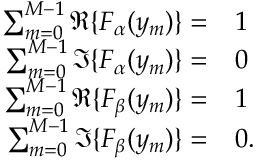
\begin{array} { r l } { \sum _ { m = 0 } ^ { M - 1 } \Re \{ F _ { \alpha } ( y _ { m } ) \} = } & { 1 } \\ { \sum _ { m = 0 } ^ { M - 1 } \Im \{ F _ { \alpha } ( y _ { m } ) \} = } & { 0 } \\ { \sum _ { m = 0 } ^ { M - 1 } \Re \{ F _ { \beta } ( y _ { m } ) \} = } & { 1 } \\ { \sum _ { m = 0 } ^ { M - 1 } \Im \{ F _ { \beta } ( y _ { m } ) \} = } & { 0 . } \end{array}